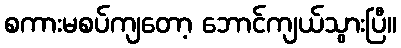
စကားမစပ်ကျတော့ ဘောင်ကျယ်သွားပြီ။